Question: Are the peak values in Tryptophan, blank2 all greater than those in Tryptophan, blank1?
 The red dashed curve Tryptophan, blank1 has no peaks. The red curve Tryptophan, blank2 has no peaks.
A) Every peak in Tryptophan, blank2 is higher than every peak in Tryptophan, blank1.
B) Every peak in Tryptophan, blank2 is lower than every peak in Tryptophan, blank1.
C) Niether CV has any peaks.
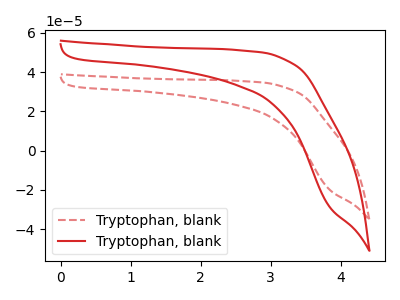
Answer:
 <answer>C) Niether CV has any peaks.</answer>
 <eval>C</eval>